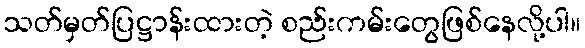
သတ်မှတ်ပြဋ္ဌာန်းထားတဲ့ စည်းကမ်းတွေဖြစ်နေလို့ပါ။